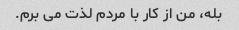
بله، من از کار با مردم لذت می برم.